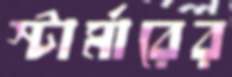
স্টার্মারের